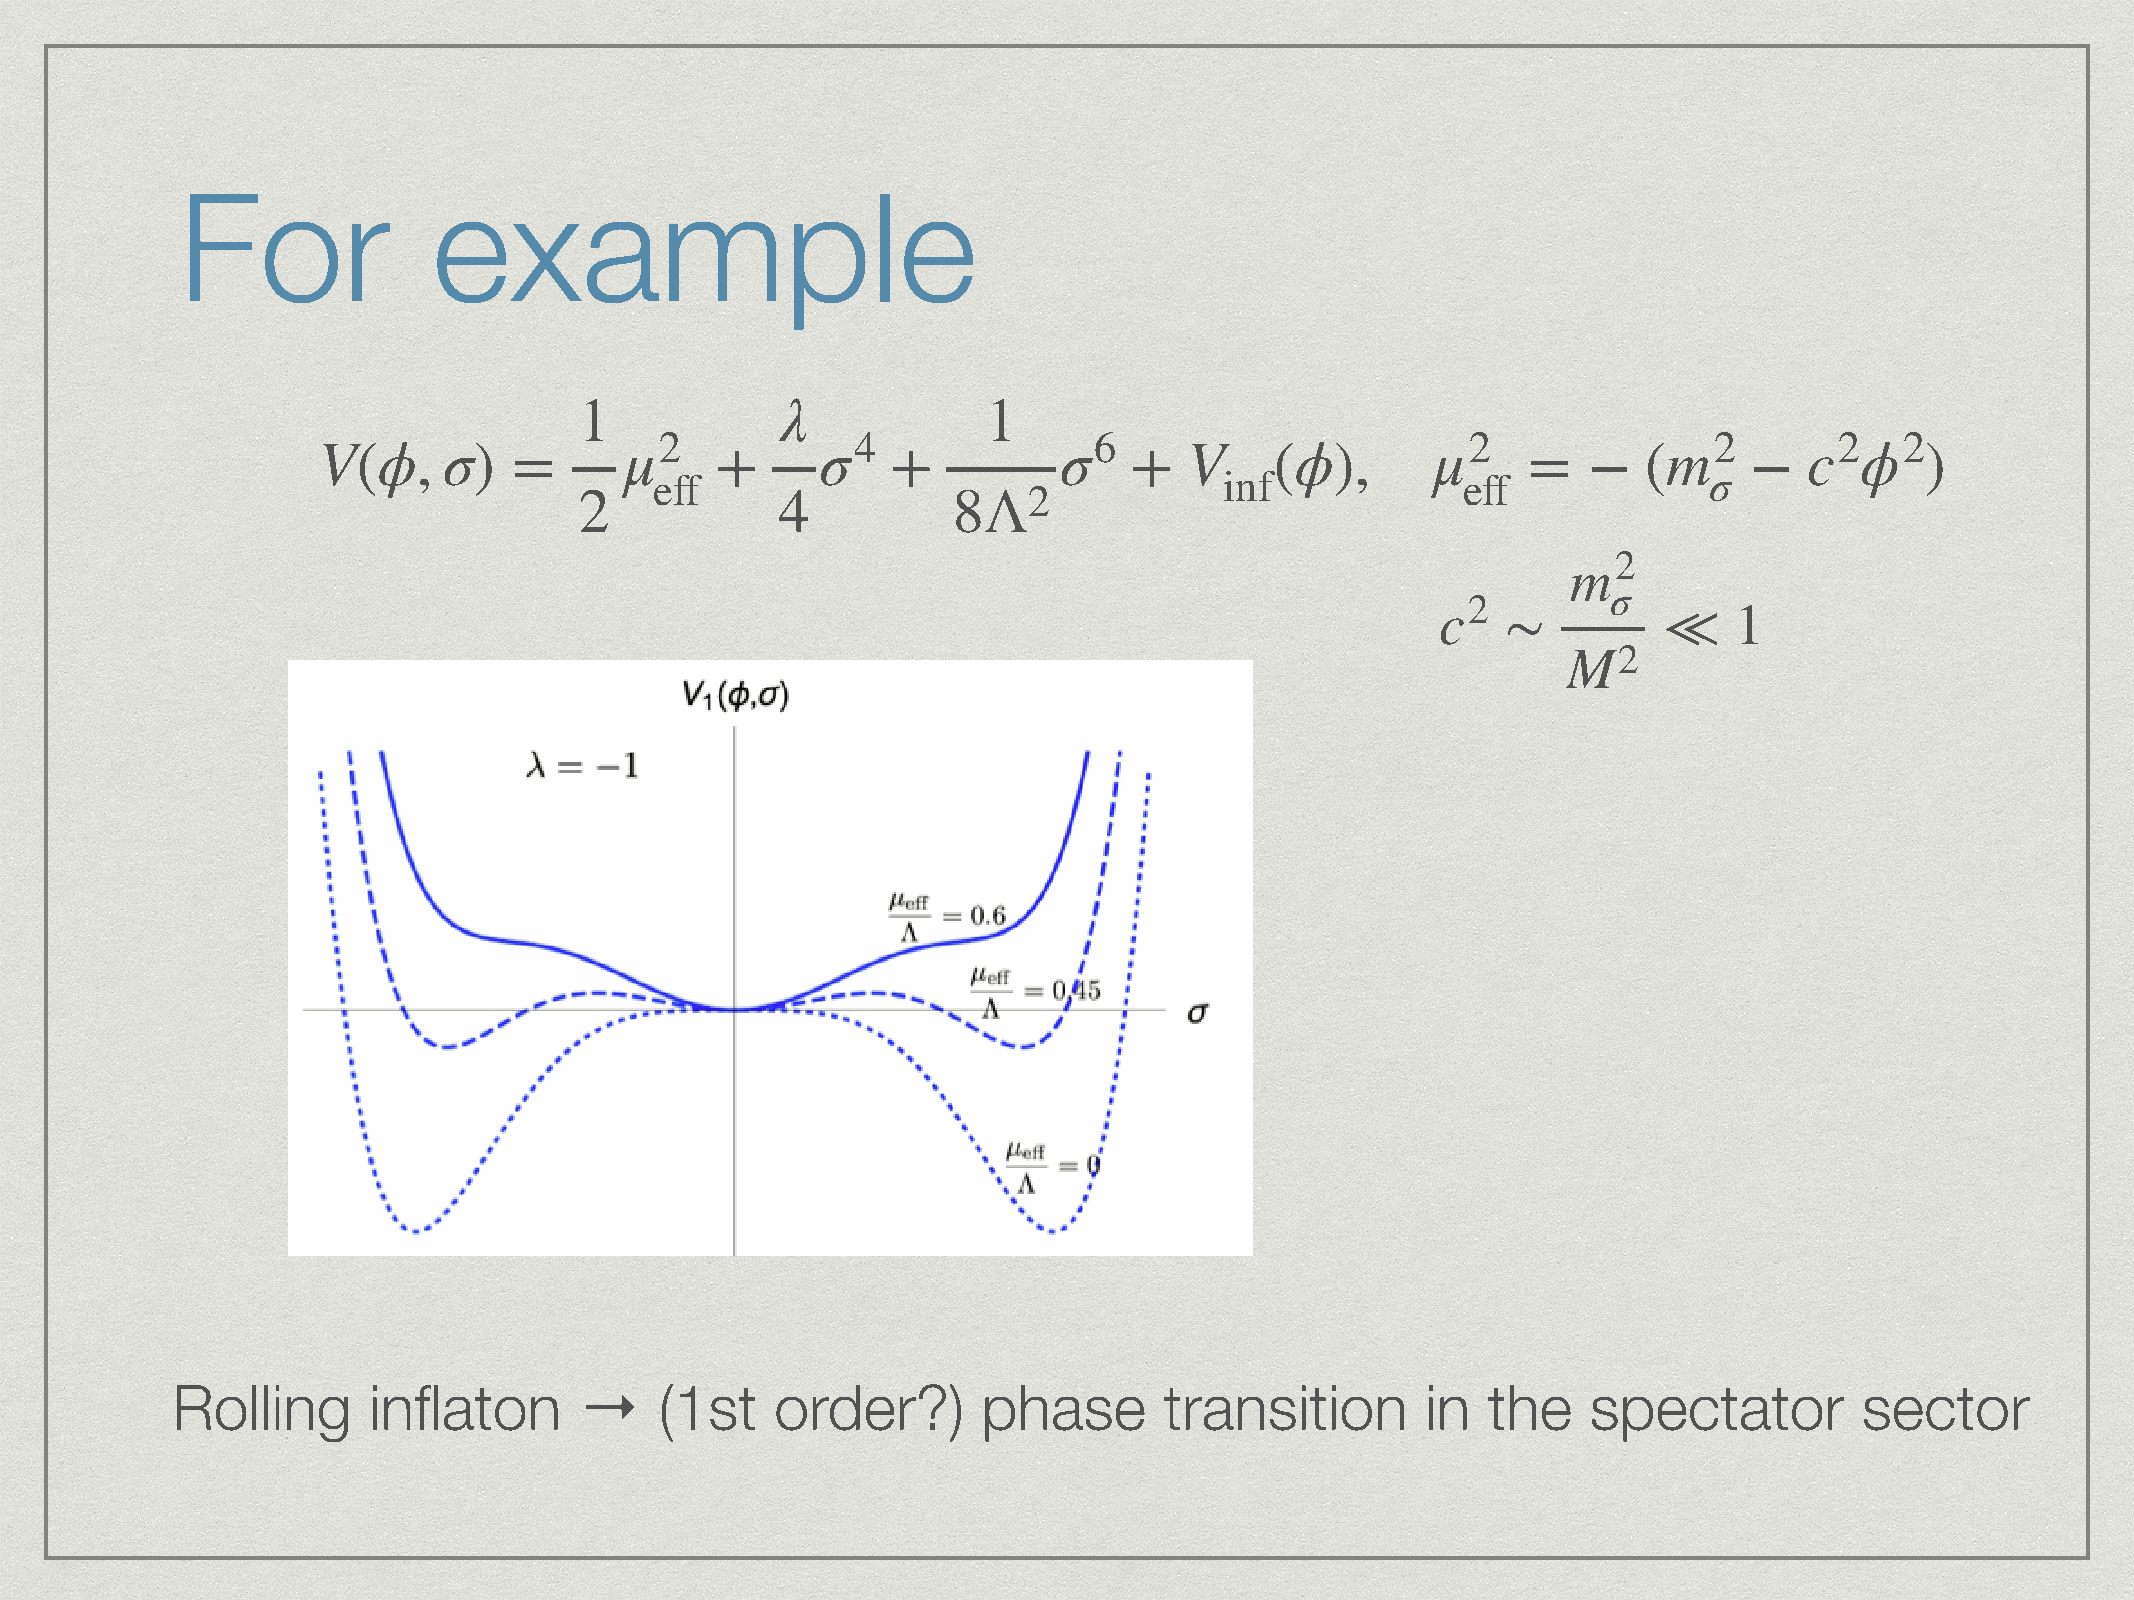
For              example
 λ
 1                          1
 V   ϕ   σ           μ2           σ4              σ6       V      ϕ        μ2             m2        c2ϕ2
 (   ,  )  =            +           +               +        (   ),           =   −   (      −          )
 eff                                   inf             eff             σ
 2             4          8Λ2
 m2
 σ
 c2
 ∼         ≪    1
 M2
 Rolling      inflaton      →     (1st   order?)       phase       transition       in  the    spectator         sector